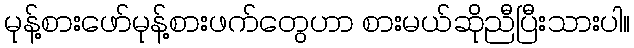
မုန့်စားဖော်မုန့်စားဖက်တွေဟာ စားမယ်ဆိုညီပြီးသားပါ။